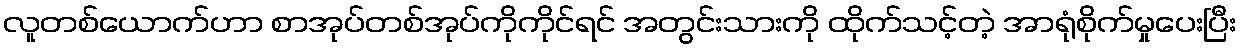
လူတစ်ယောက်ဟာ စာအုပ်တစ်အုပ်ကိုကိုင်ရင် အတွင်းသားကို ထိုက်သင့်တဲ့ အာရုံစိုက်မှုပေးပြီး